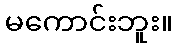
မကောင်းဘူး။